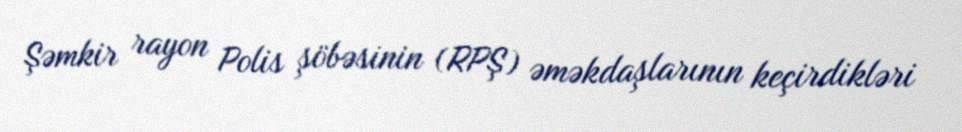
Şəmkir rayon Polis şöbəsinin (RPŞ) əməkdaşlarının keçirdikləri